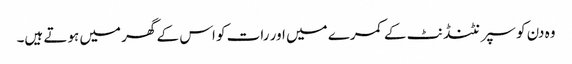
وہ دن کو سپرنٹنڈنٹ کے کمرے میں اور رات کو اس کے گھر میں ہوتے ہیں۔